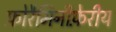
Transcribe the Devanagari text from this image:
फ़ोरैमिनीफ़ेरीय